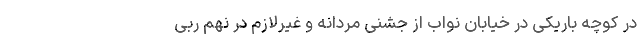
در کوچه باریکی در خیابان نواب از جشنی مردانه و غیرلازم در نهم ربی